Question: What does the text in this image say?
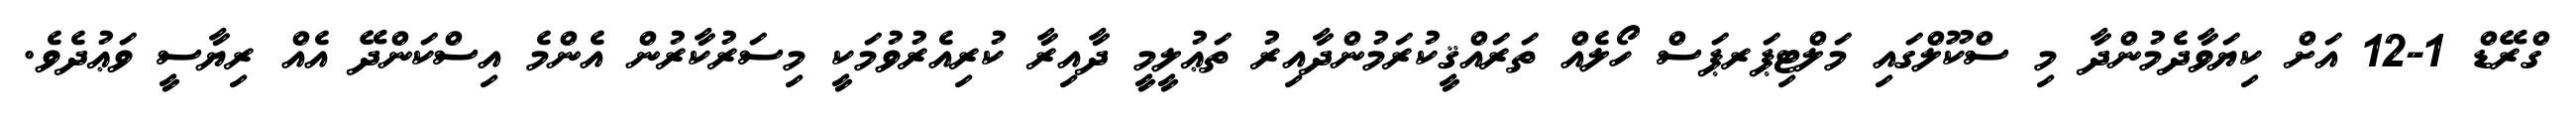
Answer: ގްރޭޑް 1-12 އަށް ކިޔަވާދެމުންދާ މި ސްކޫލްގައި މަލްޓިޕަރޕަސް ހޯލެއް ތަރައްޤީކުރަމުންދާއިރު ތަޢުލީމީ ދާއިރާ ކުރިއެރުވުމަކީ މިސަރުކާރުން އެންމެ އިސްކަންދޭ އެއް ރިޔާސީ ވަޢުދެވެ.